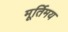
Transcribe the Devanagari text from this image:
मूर्तिमय